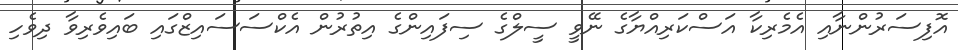
އޮފިސަރުންނާއި އެމެރިކާ އަސްކަރިއްޔާގެ ނޭވީ ސީލްގެ ސިފައިންގެ އިތުރުން އެކްސަސައިޒްގައި ބައިވެރިވާ ދިވެހި